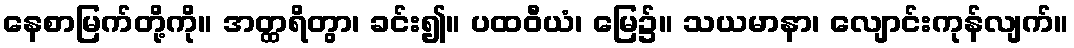
နေစာမြက်တို့ကို။ အတ္ထရိတွာ၊ ခင်း၍။ ပထဝီယံ၊ မြေ၌။ သယမာနာ၊ လျောင်းကုန်လျက်။